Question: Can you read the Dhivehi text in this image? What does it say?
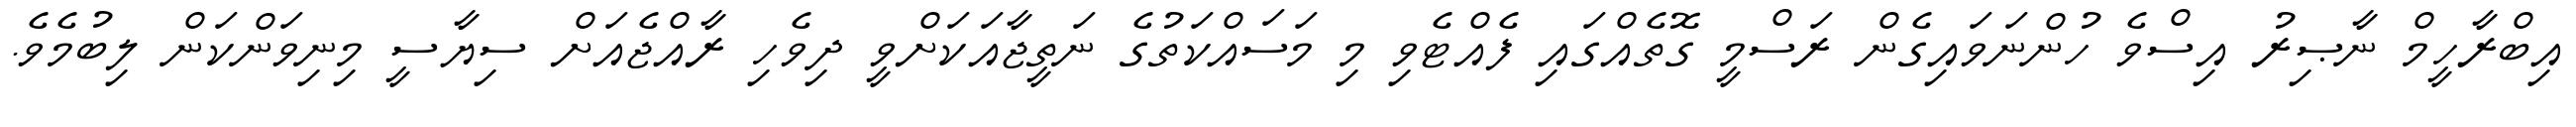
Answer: އިބްރާހީމް ނާޞިރު އިސްވެ ހުންނަވައިގެން ރަސްމީ ގޮތެއްގައި ފެއްޓެވި މި މަސައްކަތުގެ ނަތީޖާއަކަށްވީ ދިވެހި ރާއްޖެއަށް ސިޔާސީ މިނިވަންކަން ލިބުމެވެ.